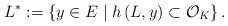
\begin{align*}L^{*}:= \left\lbrace y \in E \mid h\left(L,y\right) \subset {\mathcal O}_K \right\rbrace. \end{align*}